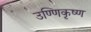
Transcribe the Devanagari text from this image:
उण्णिकृष्ण